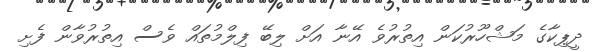
ދީޕިކާގެ މަޝްހޫރުކަން އިތުރުވެ އޭނާ އަށް ލިބޭ ފިލްމުތައް ވެސް އިތުރުވާން ފެށި